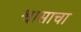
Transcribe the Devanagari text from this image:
श्वासाचा